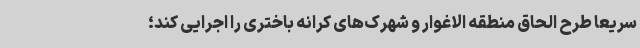
سریعا طرح الحاق منطقه الاغوار و شهرک‌های کرانه باختری را اجرایی کند؛